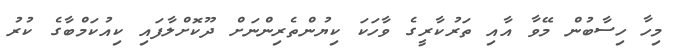
މިހާ ހިސާބުން މޭވާ އާއި ތަރުކާރީގެ ވާހަކަ ކިޔުންތެރިންނަށް ދޫކޮށްލާފައި ކިއުކަމްބާގެ ކުރު